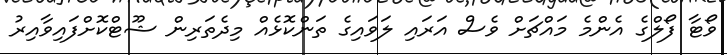
ވޯޓާ ފޯލްގެ އެންމެ މައްޗަށް ވެސް އަރައި ލަވައިގެ ތަންކޮޅެއް މިދެތަރިން ޝޫޓްކޮށްފައިވާއިރު